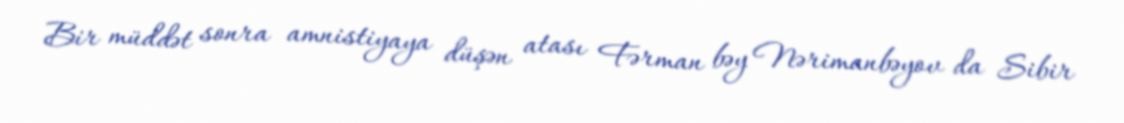
Bir müddət sonra amnistiyaya düşən atası Fərman bəy Nərimanbəyov da Sibir